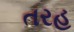
તરહ